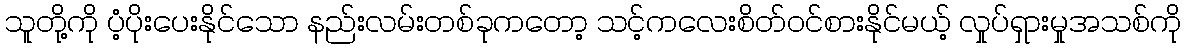
သူတို့ကို ပံ့ပိုးပေးနိုင်သော နည်းလမ်းတစ်ခုကတော့ သင့်ကလေးစိတ်ဝင်စားနိုင်မယ့် လှုပ်ရှားမှုအသစ်ကို